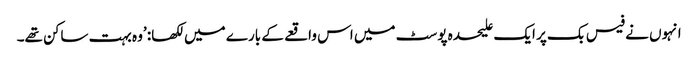
انہوں نے فیس بک پر ایک علیحدہ پوسٹ میں اس واقعے کے بارے میں لکھا: ’وہ بہت ساکن تھے۔